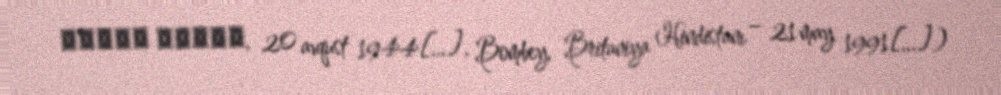
राजीव गाँधी, 20 avqust 1944[…], Bombey, Britaniya Hindistanı – 21 may 1991[…])